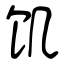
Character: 饥